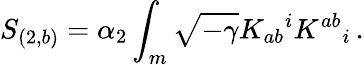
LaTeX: S_{(2,b)}=\alpha_{2}\int_{m}\sqrt{-\gamma}K_{ab}{}^{i}K^{ab}{}_{i}\, .